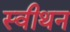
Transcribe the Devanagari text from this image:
स्वीथन